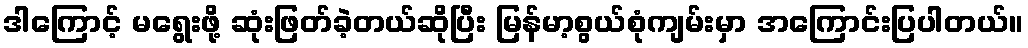
ဒါကြောင့် မရွေးဖို့ ဆုံးဖြတ်ခဲ့တယ်ဆိုပြီး မြန်မာ့စွယ်စုံကျမ်းမှာ အကြောင်းပြပါတယ်။